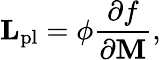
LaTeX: \mathbf{L}_{\mathrm{pl}}=\phi\frac{\partial f}{\partial\mathbf{M}},